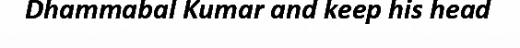
Dhammabal Kumar and keep his head